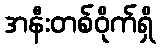
အနီးတစ်ဝိုက်ရှိ